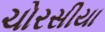
ચોરસીયા